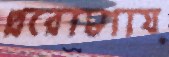
প্ররোচণায়